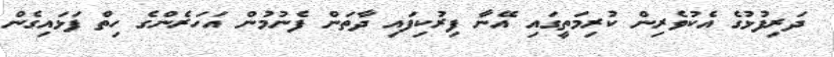
ދަރިފުޅުގެ އެކުވެރިން ކުރިމަތީގައި އޭނާ ފިރުކިފައި ދާތަން ފެނުމުން އަހަރެންގެ ހިތް ފަޅައިގެން